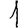
Digit: 1